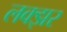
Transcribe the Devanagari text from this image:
लक्झर